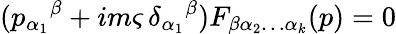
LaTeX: (p_{\alpha_{1}}{}^{\beta}+im\varsigma\, \delta_{\alpha_{1}}{}^{\beta})F_{\beta\alpha_{2}\ldots\alpha_{k}}(p)=0